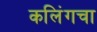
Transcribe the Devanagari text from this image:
कलिंगचा